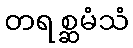
တရစ္ဆမံသံ